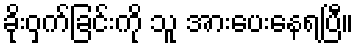
ခိုးဝှက်ခြင်းကို သူ အားပေးနေရပြီ။